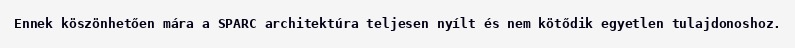
Ennek köszönhetően mára a SPARC architektúra teljesen nyílt és nem kötődik egyetlen tulajdonoshoz.